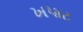
ખપાટ